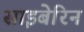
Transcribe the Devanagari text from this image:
साइबेरिन